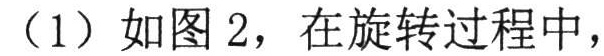
（1）如图 2，在旋转过程中，